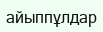
айыппұлдар